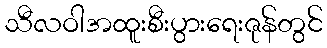
သီလဝါအထူးစီးပွားရေးဇုန်တွင်